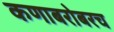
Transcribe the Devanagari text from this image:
कणाबरोबरच